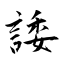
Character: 諉